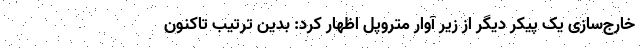
خارج‌سازی یک پیکر دیگر از زیر آوار متروپل اظهار کرد: بدین ترتیب تاکنون